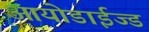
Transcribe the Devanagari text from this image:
आयोडाईज्ड